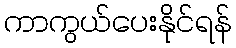
ကာကွယ်ပေးနိုင်ရန်